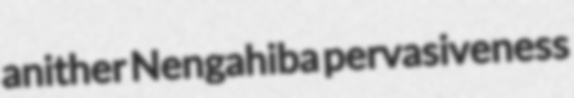
anither Nengahiba pervasiveness